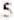
5